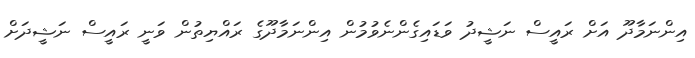
އިންނަމާދޫ އަށް ރައީސް ނަޝީދު ވަޑައިގެންނެވުމުން އިންނަމާދޫގެ ރައްޔިތުން ވަނީ ރައީސް ނަޝީދަށް